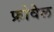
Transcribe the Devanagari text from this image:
फ्रोवेल